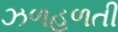
ઝળહળતી